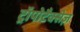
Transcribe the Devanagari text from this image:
ट्रॉपोटैक्सेज़